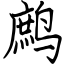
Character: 鹧